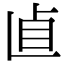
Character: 𠧡